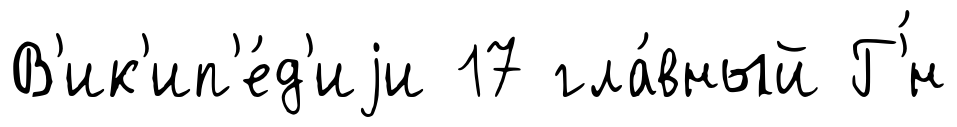
В'ик'ип'е́д'иjи 17 гла́вный Г'́н